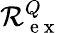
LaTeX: \mathcal R_{\mathrm{~e~x~}}^{Q}